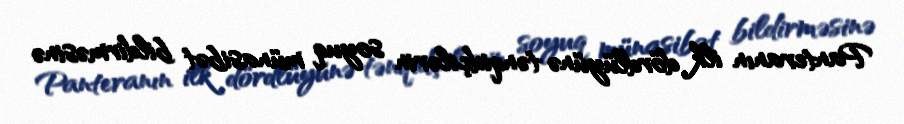
Panteranın ilk dördlüyünə tənqidçilərin soyuq münasibət bildirməsinə